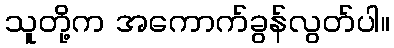
သူတို့က အကောက်ခွန်လွတ်ပါ။